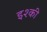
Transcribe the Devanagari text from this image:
इश्की